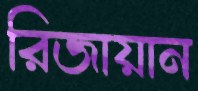
রিজায়ান